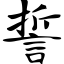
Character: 誓